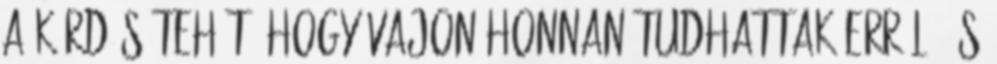
a kérdés tehát, hogy vajon honnan tudhattak erről, és